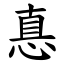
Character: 惪